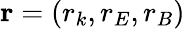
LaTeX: \mathbf{r}=(r_{k},r_{E},r_{B})